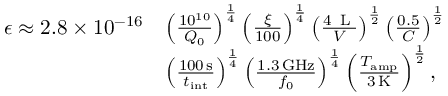
\begin{array} { r l } { \epsilon \approx 2 . 8 \times 1 0 ^ { - 1 6 } } & { \left( \frac { 1 0 ^ { 1 0 } } { Q _ { 0 } } \right) ^ { \frac { 1 } { 4 } } \left( \frac { \xi } { 1 0 0 } \right) ^ { \frac { 1 } { 4 } } \left( \frac { 4 \, \textrm { L } } { V } \right) ^ { \frac { 1 } { 2 } } \left( \frac { 0 . 5 } { C } \right) ^ { \frac { 1 } { 2 } } } \\ & { \left( \frac { 1 0 0 \, \mathrm { s } } { t _ { \mathrm { i n t } } } \right) ^ { \frac { 1 } { 4 } } \left( \frac { 1 . 3 \, \mathrm { G H z } } { f _ { 0 } } \right) ^ { \frac { 1 } { 4 } } \left( \frac { T _ { \mathrm { a m p } } } { 3 \, \mathrm { K } } \right) ^ { \frac { 1 } { 2 } } , } \end{array}